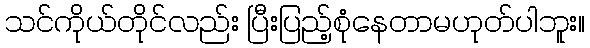
သင်ကိုယ်တိုင်လည်း ပြီးပြည့်စုံနေတာမဟုတ်ပါဘူး။